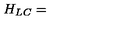
H _ { L C } =